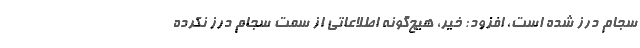
سجام درز شده است، افزود: خیر، هیچ‌گونه اطلاعاتی از سمت سجام درز نکرده